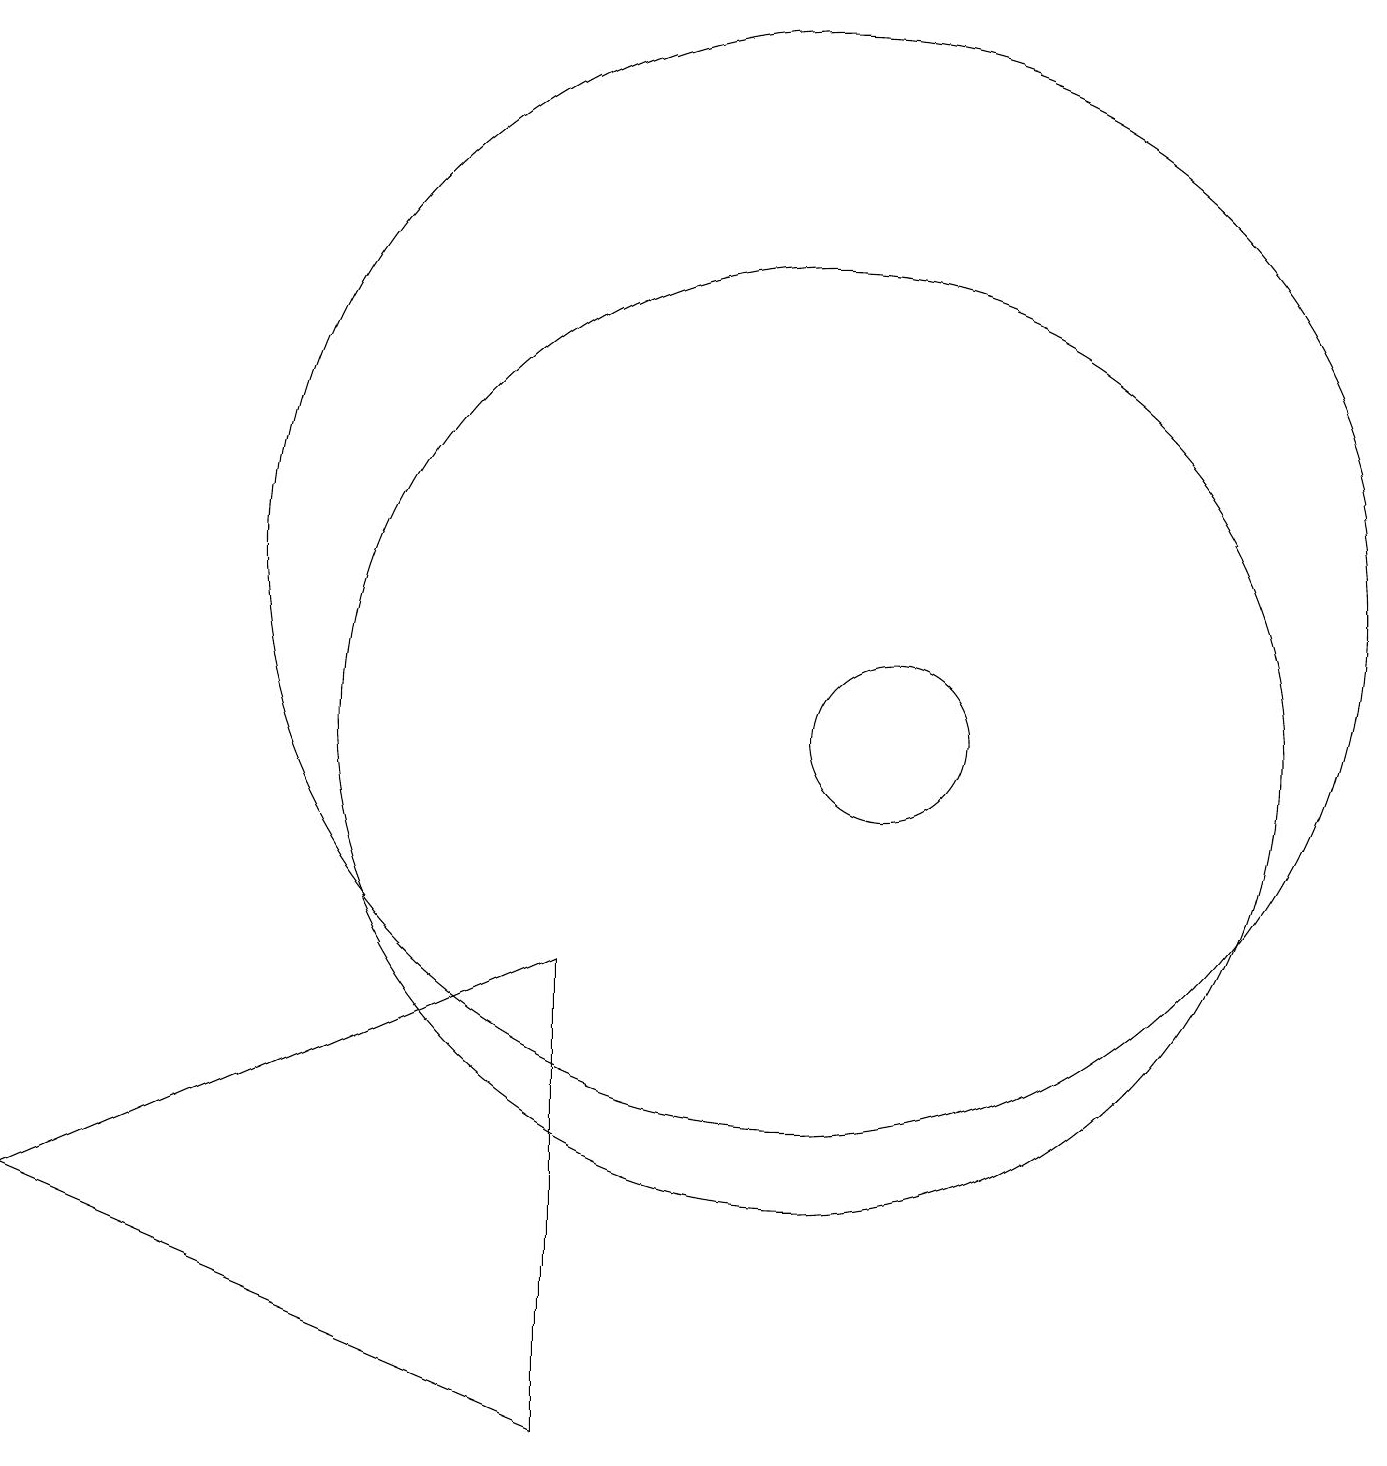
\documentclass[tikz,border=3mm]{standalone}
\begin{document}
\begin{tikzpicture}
\draw (11,12) circle (7);
\draw (1,4) -- (8,1) -- (8,7) -- cycle;
\draw (11,10) circle (6);
\draw (12,10) circle (1);
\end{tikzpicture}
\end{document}